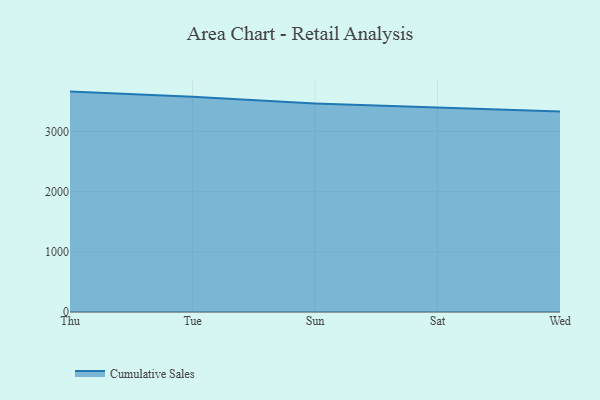
{"axis": {"x": "Day", "y": "Page Views"}, "legend": ["Cumulative Sales"], "data": [{"x": "Thu", "y": 3661.1, "type": "Cumulative Sales"}, {"x": "Tue", "y": 3574.3, "type": "Cumulative Sales"}, {"x": "Sun", "y": 3464.2, "type": "Cumulative Sales"}, {"x": "Sat", "y": 3399.0, "type": "Cumulative Sales"}, {"x": "Wed", "y": 3331.6, "type": "Cumulative Sales"}]}